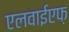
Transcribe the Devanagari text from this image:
एलवाईएफ़